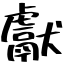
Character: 獻